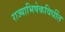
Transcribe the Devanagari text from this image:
राज्याभिषेकविधींत